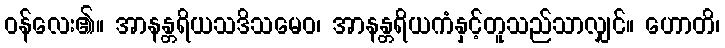
ဝန်လေး၏။ အာနန္တရိယသဒိသမေဝ၊ အာနန္တရိယကံနှင့်တူသည်သာလျှင်။ ဟောတိ၊